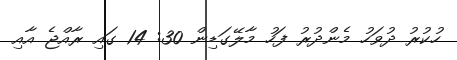
ހުކުރު ދުވަހު މެންދުރު ފަހު މާލޭގަޑިން 30: 14 ގައި ރާއްޖެ އާއި